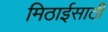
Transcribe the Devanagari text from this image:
मिठाईसाठी